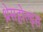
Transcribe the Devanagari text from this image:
थ्रेसहोल्ड्स